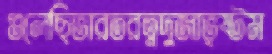
গুলেছিভারতরত্নদুজাভৃষ্টম